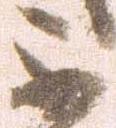
不